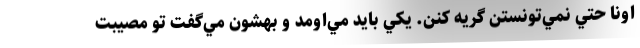
اونا حتي نمي‌تونستن گريه كنن. يكي بايد مي‌اومد و بهشون مي‌گفت تو مصيبت